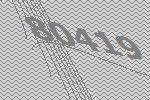
80419